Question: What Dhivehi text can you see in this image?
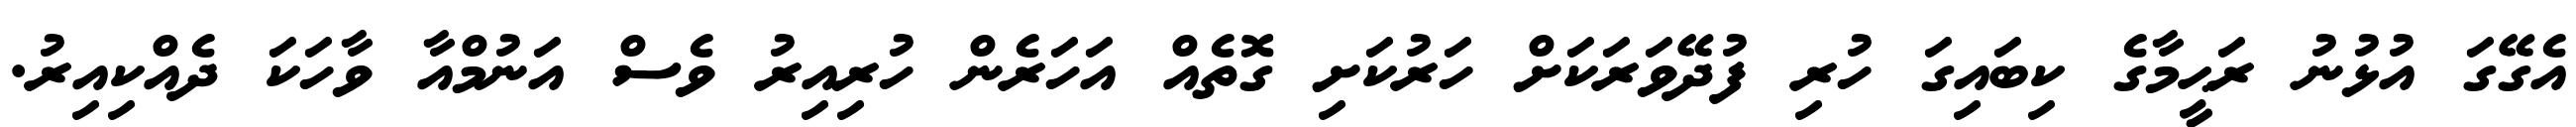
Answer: އެގޭގަ އުޅުނު ރަޙީމާގެ ކިބައިގަ ހުރި ފުދޭވަރަކަށް ހަރުކަށި ގޮތެއް އަހަރެން ހުރިއިރު ވެސް އަނުމްއާ ވާހަކަ ދެއްކިއިރު.